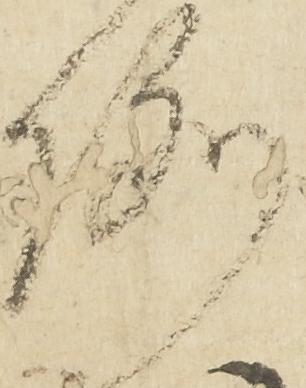
例